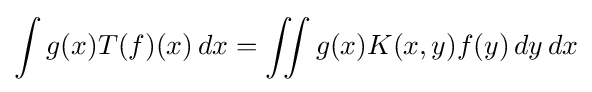
\int g(x)T(f)(x)\,dx=\iint g(x)K(x,y)f(y)\,dy\,dx